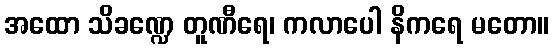
အထော သိခဏ္ဍေ တူဏီရေ၊ ကလာပေါ နိကရေ မတော။